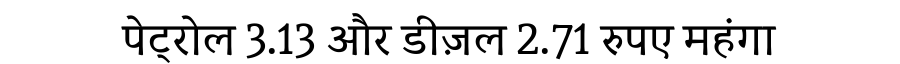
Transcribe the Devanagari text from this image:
पेट्रोल 3.13 और डीज़ल 2.71 रुपए महंगा